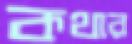
কথার